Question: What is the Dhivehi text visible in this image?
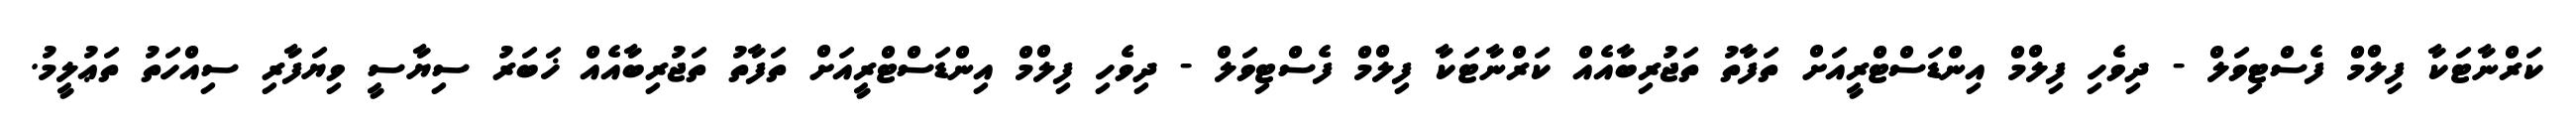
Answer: ކަރްނާޓަކާ ފިލްމް ފެސްޓިވަލް - ދިވެހި ފިލްމް އިންޑަސްޓްރީއަށް ތަފާތު ތަޖުރިބާއެއް ކަރްނާޓަކާ ފިލްމް ފެސްޓިވަލް - ދިވެހި ފިލްމް އިންޑަސްޓްރީއަށް ތަފާތު ތަޖުރިބާއެއް ޚަބަރު ސިޔާސީ ވިޔަފާރި ސިއްހަތު ތަޢުލީމު.